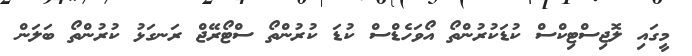
މީގައި ލޮޖިސްޓިކްސް ކުޑަކުރުންތޯ އޯވަހެޑްސް ކުޑަ ކުރުންތޯ ސްޓޯރޭޖް ރަނގަޅު ކުރުންތޯ ބަލަން